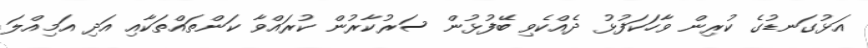
އަޅުގަނޑުގެ ކުރިން ވާހަކަފުޅު ދެއްކެވި ބޭފުޅުން ސަރުކާރުން ކުރައްވާ ކަންތައްތަކާއި އަދި އަމިއްލަ